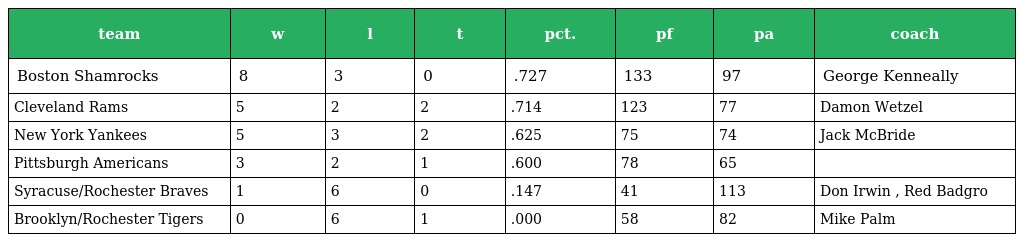
| team | w | l | t | pct. | pf | pa | coach |
 | --- | --- | --- | --- | --- | --- | --- | --- |
 | Boston Shamrocks | 8 | 3 | 0 | .727 | 133 | 97 | George Kenneally |
 | Cleveland Rams | 5 | 2 | 2 | .714 | 123 | 77 | Damon Wetzel |
 | New York Yankees | 5 | 3 | 2 | .625 | 75 | 74 | Jack McBride |
 | Pittsburgh Americans | 3 | 2 | 1 | .600 | 78 | 65 |  |
 | Syracuse/Rochester Braves | 1 | 6 | 0 | .147 | 41 | 113 | Don Irwin , Red Badgro |
 | Brooklyn/Rochester Tigers | 0 | 6 | 1 | .000 | 58 | 82 | Mike Palm |